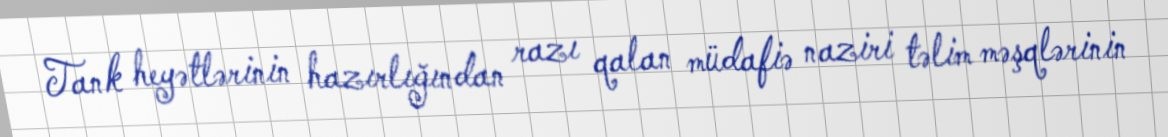
Tank heyətlərinin hazırlığından razı qalan müdafiə naziri təlim məşqlərinin